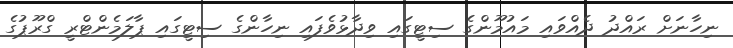
ނިހާނަށް ރައްދު ދެއްވައި މައުމޫންގެ ސިޓީގައި ވިދާޅުވެފައި ނިހާންގެ ސިޓީގައި ޕާލަމެންޓްރީ ގްރޫޕުގެ